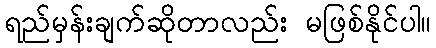
ရည်မှန်းချက်ဆိုတာလည်း မဖြစ်နိုင်ပါ။